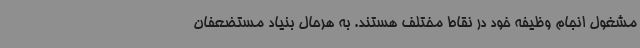
مشغول انجام وظیفه خود در نقاط مختلف هستند. به هرحال بنیاد مستضعفان